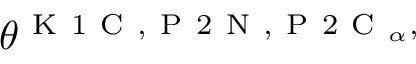
\theta ^ { \mathrm { ~ K ~ 1 ~ C ~ } , \mathrm { ~ P ~ 2 ~ N ~ } , \mathrm { ~ P ~ 2 ~ C ~ } _ { \alpha } , }